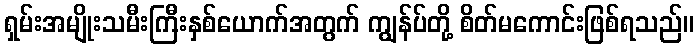
ရှမ်းအမျိုးသမီးကြီးနှစ်ယောက်အတွက် ကျွန်ပ်တို့ စိတ်မကောင်းဖြစ်ရသည်။